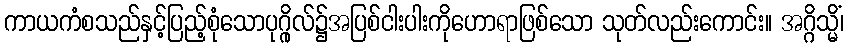
ကာယကံစသည်နှင့်ပြည့်စုံသောပုဂ္ဂိုလ်၌အပြစ်ငါးပါးကိုဟောရာဖြစ်သော သုတ်လည်းကောင်း။ အဂ္ဂိသ္မိံ၊